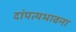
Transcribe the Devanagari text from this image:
दांपत्यभावना